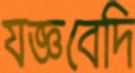
যজ্ঞবেদি